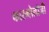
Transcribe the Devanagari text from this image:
कास्मोलॉजी